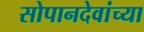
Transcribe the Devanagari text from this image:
सोपानदेवांच्या